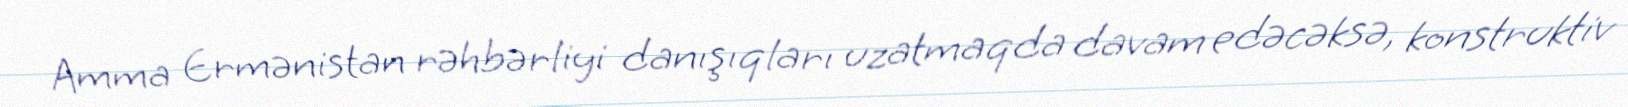
Amma Ermənistan rəhbərliyi danışıqları uzatmaqda davam edəcəksə, konstruktiv